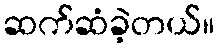
ဆက်ဆံခဲ့တယ်။